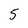
Character: 5